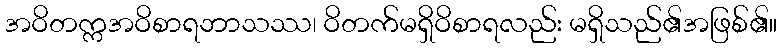
အဝိတက္ကအဝိစာရဘာသဿ၊ ဝိတက်မရှိဝိစာရလည်း မရှိသည်၏အဖြစ်၏။